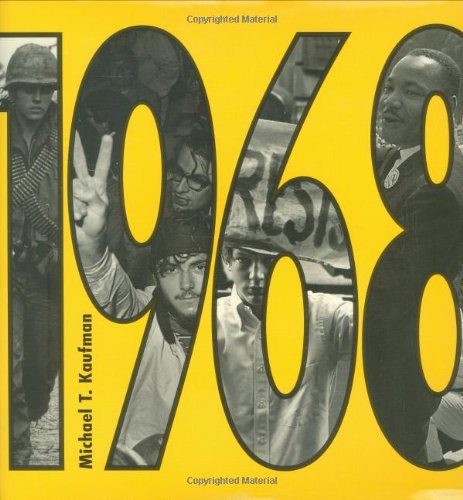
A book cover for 1968 (New York Times); Michael Kaufman; Teen & Young Adult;